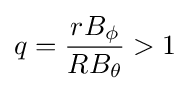
q={\frac {rB_{\phi }}{RB_{\theta }}}>1